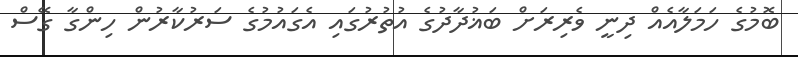
ބޮމުގެ ހަމަލާއެއް ދިނީ ވެރިރަށް ބަޣުދާދުގެ އުތުރުގައި އެގައުމުގެ ސަރުކާރުން ހިންގާ ގޭސް